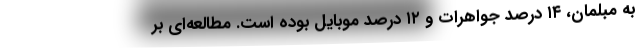
به مبلمان، ۱۴ درصد جواهرات و ۱۲ درصد موبایل بوده است. مطالعه‌ای بر